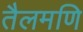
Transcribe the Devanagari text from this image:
तैलमणि